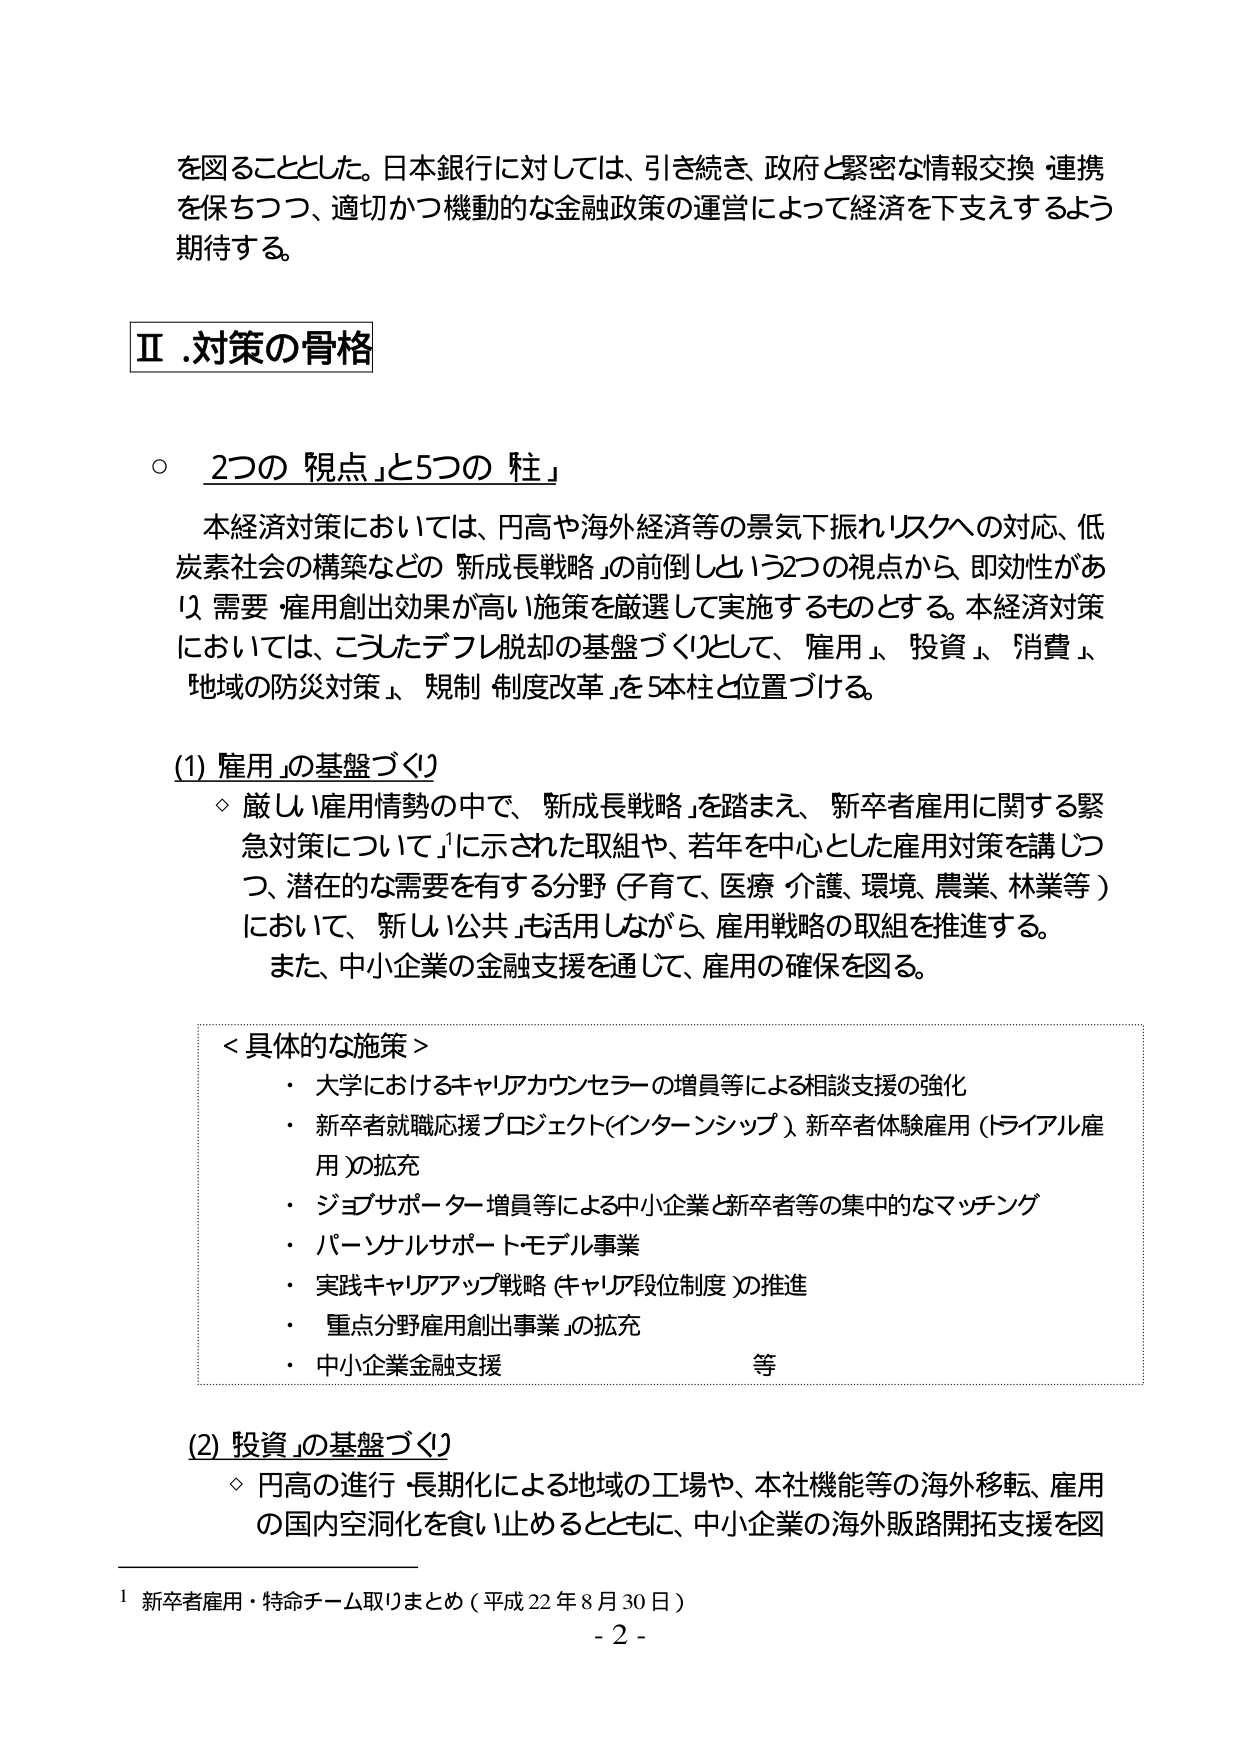
を図ることとした。日本銀行に対しては、引き続き、政府と緊密な情報交換・連携を保ちつつ、適切かつ機動的な金融政策の運営によって経済を下支えするよう期待する。

Ⅱ．対策の骨格

○ 2つの「視点」と5つの「柱」

本経済対策においては、円高や海外経済等の景気下振れリスクへの対応、低炭素社会の構築などの「新成長戦略」の前倒しという2つの視点から、即効性があり、需要・雇用創出効果が高い施策を厳選して実施するものとする。本経済対策においては、こうしたデフレ脱却の基盤づくりとして、「雇用」、「投資」、「消費」、「地域の防災対策」、「規制・制度改革」を5本柱と位置づける。

(1) 「雇用」の基盤づくり

◇ 厳しい雇用情勢の中で、「新成長戦略」を踏まえ、「新卒者雇用に関する緊急対策について」¹に示された取組や、若年を中心とした雇用対策を講じつつ、潜在的な需要を有する分野（子育て、医療・介護、環境、農業、林業等）において、「新しい公共」も活用しながら、雇用戦略の取組を推進する。また、中小企業の金融支援を通じて、雇用の確保を図る。

＜具体的な施策＞
・ 大学におけるキャリアカウンセラーの増員等による相談支援の強化
・ 新卒者就職応援プロジェクト（インターンシップ）、新卒者体験雇用（トライアル雇用）の拡充
・ ジョブサポーター増員等による中小企業と新卒者等の集中的なマッチング
・ パーソナルサポートモデル事業
・ 実践キャリアアップ戦略（キャリア段位制度）の推進
・ 重点分野雇用創出事業」の拡充
・ 中小企業金融支援 等

(2) 「投資」の基盤づくり

◇ 円高の進行・長期化による地域の工場や、本社機能等の海外移転、雇用の国内空洞化を食い止めるとともに、中小企業の海外販路開拓支援を図

¹ 新卒者雇用・特命チーム取りまとめ（平成22年8月30日）
- 2 -